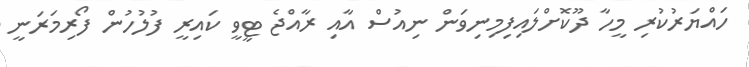
ހައްޔަރުކުރި މީހާ ދޫކޮށްލައިފިމިނިވަން ނިއުސް އާއި ރާއްޖެ ޓީވީ ކައިރީ ފުލުހުން ފޯރިމަރަނީ